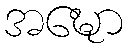
အဍ္ဎော